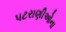
પટરાણીઓના